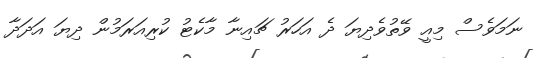
ނަމަވެސް މިއީ ވޭތުވެދިޔަ ދެ އަހަރު ޗައިނާ މާކެޓު ކުރިއަރަމުން ދިޔަ އަދަދާ